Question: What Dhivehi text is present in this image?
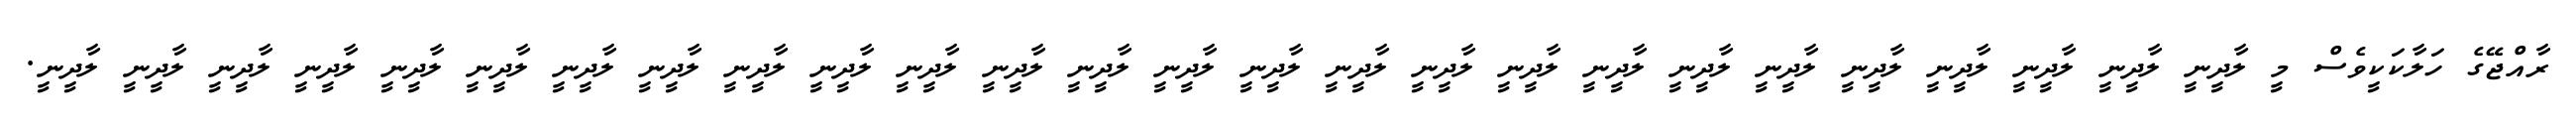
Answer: ރާއްޖޭގެ ހަލާކަކީވެސް މީ ލާދީނީ ލާދީނީ ލާދީނީ ލާދީނީ ލާދީނީ ލާދީނީ ލާދީނީ ލާދީނީ ލާދީނީ ލާދީނީ ލާދީނީ ލާދީނީ ލާދީނީ ލާދީނީ ލާދީނީ ލާދީނީ ލާދީނީ ލާދީނީ ލާދީނީ ލާދީނީ ލާދީނީ ލާދީނީ ލާދީނީ ލާދީނީ ލާދީނީ ލާދީނީ.